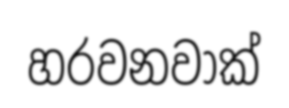
හරවනවාක්